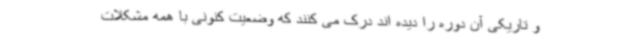
و تاریکی آن دوره را دیده اند درک می کنند که وضعیت کنونی با همه مشکلات